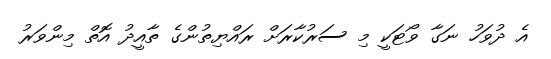
އެ ދުވަހު ނަގާ ވޯޓަކީ މި ސަރުކާރަށް ރައްޔިތުންގެ ތާއީދު އޮތް މިންވަރު